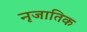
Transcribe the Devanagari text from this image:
नृजातिक